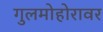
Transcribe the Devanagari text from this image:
गुलमोहोरावर